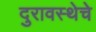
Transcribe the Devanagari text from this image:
दुरावस्थेचे